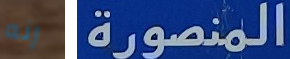
إنه المنصورة